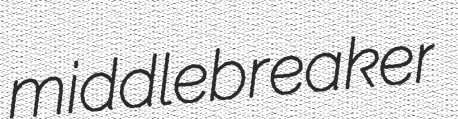
middlebreaker